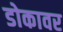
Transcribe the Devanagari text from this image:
डोकावर